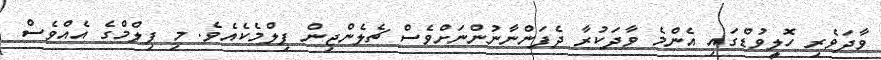
ވާދަވެރި ހޮލީވުޑްގައި އެންމެ ވާދަކުރާ ދެފަންނާނުންނަށްވެސް ޗެލެންޖިން ފިލްމެކެއެވެ. މި ފިލްމްގެ އެއްވެސް